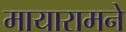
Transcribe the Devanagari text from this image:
मायारामने